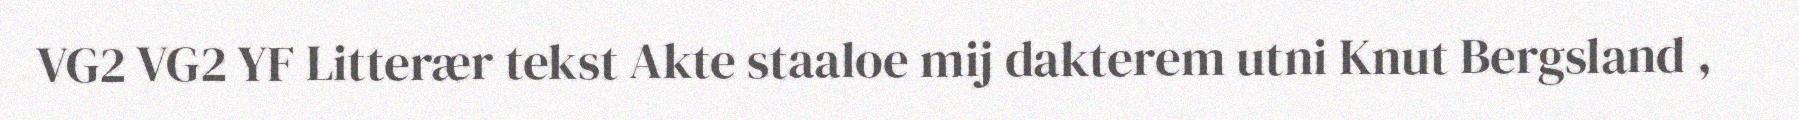
VG2 VG2 YF Litterær tekst Akte staaloe mij dakterem utni Knut Bergsland ,